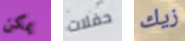
يمكن حفلات زيك